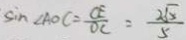
\sin \angle A O C = \frac { C E } { O C } = \frac { 2 \sqrt { 5 } } { 5 }